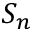
S _ { n }